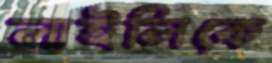
লাইলিকে